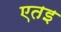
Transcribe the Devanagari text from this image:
एतइ